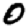
Digit: 0